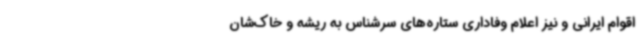
اقوام ایرانی و نیز اعلام وفاداری ستاره‌های سرشناس به ریشه و خاک‌شان